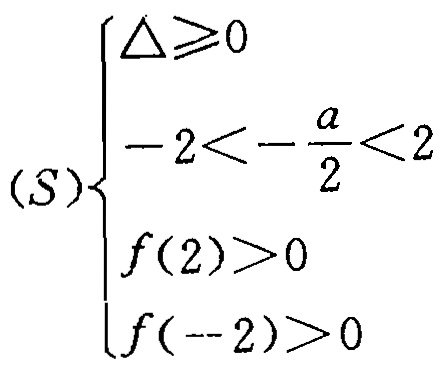
\[\begin{cases}
\Delta\geqslant0\\
-2<-\frac{a}{2}<2\\
f(2)>0\\
f(-2)>0
\end{cases}\]